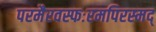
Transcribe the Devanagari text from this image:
परमैरवस्फःरमपिरस्मद्